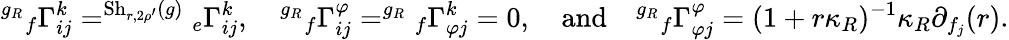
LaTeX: ^{g_{R}}{_{f}\Gamma_{ij}^{k}}=^{\mathrm{Sh}_{r,2\rho^{\prime}}(g)}{_{e}\Gamma_{ij}^{k}},\quad^{g_{R}}{_{f}\Gamma_{ij}^{\varphi}}=^{g_{R}}{_{f}\Gamma_{\varphi j}^{k}}=0,\quad\mathrm{and}\quad^{g_{R}}{_{f}\Gamma_{\varphi j}^{\varphi}}=(1+r\kappa_{R})^{-1}\kappa_{R}\partial_{f_{j}}(r).